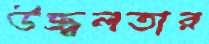
উজ্জ্বলতার